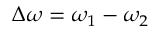
\Delta \omega = \omega _ { 1 } - \omega _ { 2 }